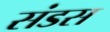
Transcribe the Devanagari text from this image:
संडस